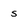
Character: s